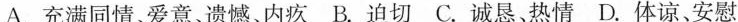
A.充满同情，爱意、遗憾、内疚 B.迫切 C.诚恳、热情 D.体谅、安慰